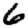
Digit: 6